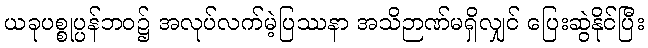
ယခုပစ္စုပ္ပန်ဘဝ၌ အလုပ်လက်မဲ့ပြဿနာ အသိဉာဏ်မရှိလျှင် ပြေးဆွဲနိုင်ပြီး